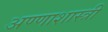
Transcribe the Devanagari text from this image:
अण्णाशास्त्री